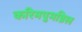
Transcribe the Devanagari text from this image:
करिमपुमन्निल